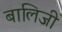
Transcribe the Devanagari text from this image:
बालिजी